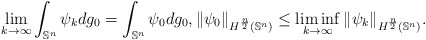
\begin{align*}\lim_{k\rightarrow \infty} \int_{\mathbb{S}^n} \psi_kdg_0=\int_{\mathbb{S}^n} \psi_0 dg_0,\|\psi_0\|_{H^{\frac{n}{2}}(\mathbb{S}^n)} \leq \liminf_{k\rightarrow \infty} \|\psi_k\|_{H^{\frac{n}{2}}(\mathbb{S}^n)}.\end{align*}